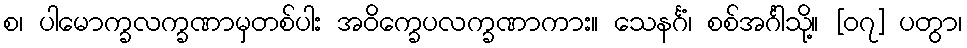
စ၊ ပါမောက္ခလက္ခဏာမှတစ်ပါး အဝိက္ခေပလက္ခဏာကား။ သေနင်္ဂံ၊ စစ်အင်္ဂါသို့။ [၀၇] ပတွာ၊